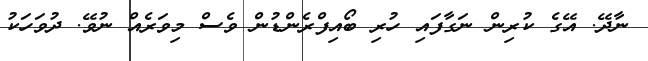
ނާދޭ. އޭގެ ކުރިން ނަގާފައި ހުރި ބޯއިފްރެންޑުން ވެސް މިވަރެއް ނުވޭ. ދުވަހަކު